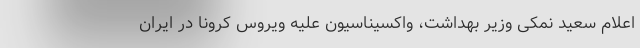
اعلام سعید نمکی وزیر بهداشت، واکسیناسیون علیه ویروس کرونا در ایران